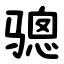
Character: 骢